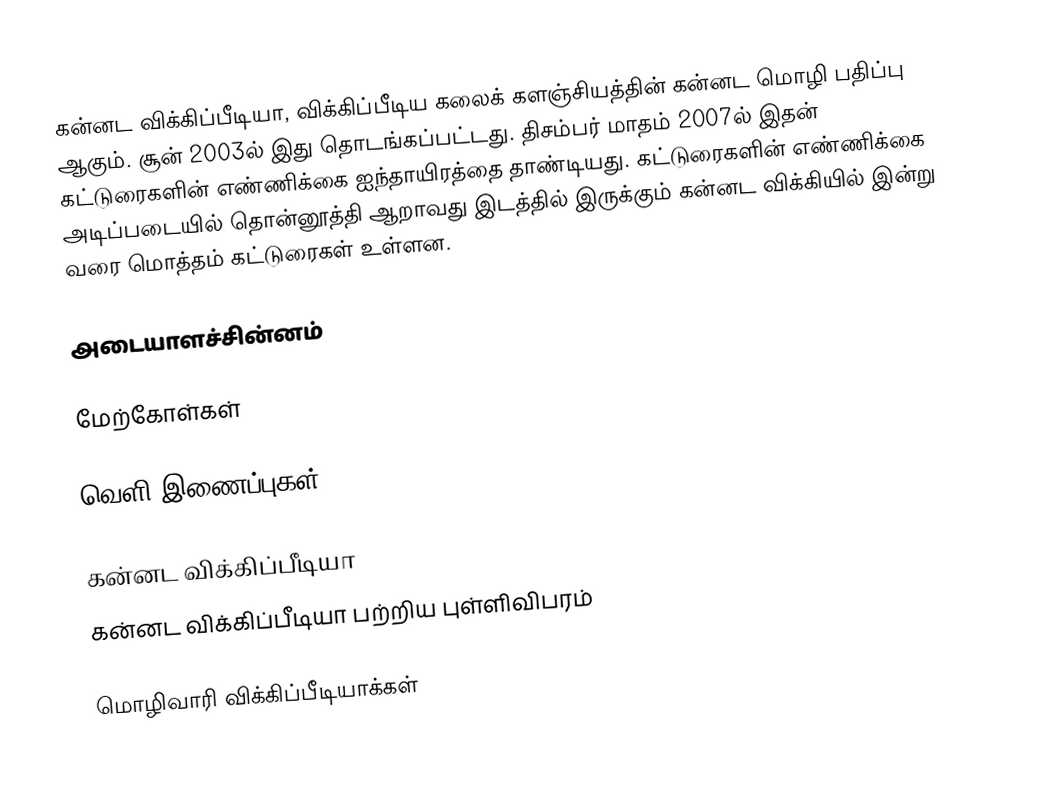
கன்னட விக்கிப்பீடியா, விக்கிப்பீடிய கலைக் களஞ்சியத்தின் கன்னட மொழி பதிப்பு ஆகும். சூன் 2003ல் இது தொடங்கப்பட்டது. திசம்பர் மாதம் 2007ல் இதன் கட்டுரைகளின் எண்ணிக்கை ஐந்தாயிரத்தை தாண்டியது. கட்டுரைகளின் எண்ணிக்கை அடிப்படையில் தொன்னூத்தி ஆறாவது இடத்தில் இருக்கும் கன்னட விக்கியில் இன்று வரை மொத்தம் கட்டுரைகள் உள்ளன.

அடையாளச்சின்னம்

மேற்கோள்கள்

வெளி இணைப்புகள்

 கன்னட விக்கிப்பீடியா
 கன்னட விக்கிப்பீடியா பற்றிய புள்ளிவிபரம்

மொழிவாரி விக்கிப்பீடியாக்கள்